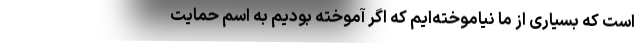
است که بسیاری از ما نیاموخته‌ایم که اگر آموخته بودیم به اسم حمایت